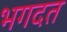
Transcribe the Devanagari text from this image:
भगदत